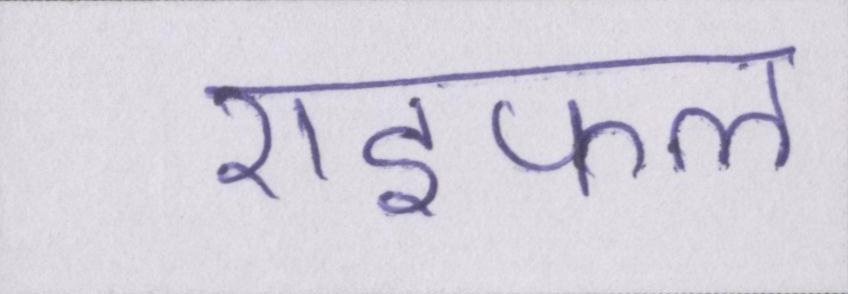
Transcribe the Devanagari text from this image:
राइफल